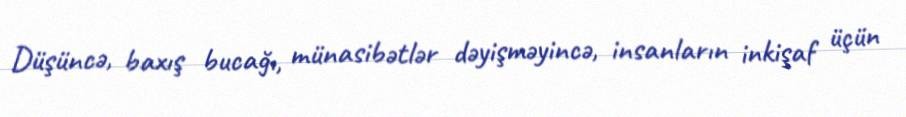
Düşüncə, baxış bucağı, münasibətlər dəyişməyincə, insanların inkişaf üçün